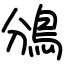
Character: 鳻